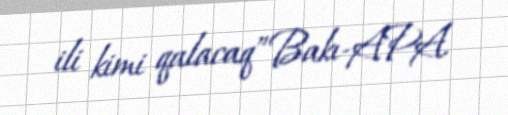
ili kimi qalacaq”Bakı-APA.